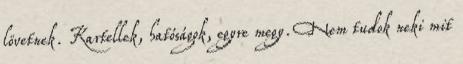
lövetnek. Kartellek, hatóságok, egyre megy. Nem tudok neki mit